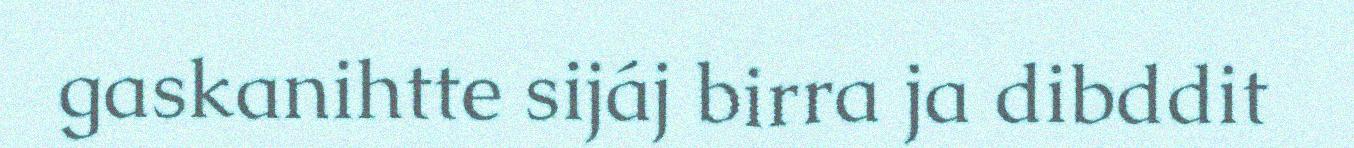
gaskanihtte sijáj birra ja dibddit